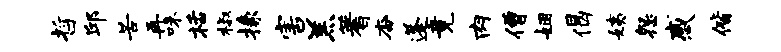
哲邱苦再味栝椒掾害羔蓍杳蓬竟肉僧姻偈姨怨感偕